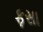
ફસા